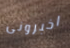
اخبرونى